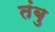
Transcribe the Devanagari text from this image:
तंबु